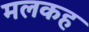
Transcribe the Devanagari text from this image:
मलकह